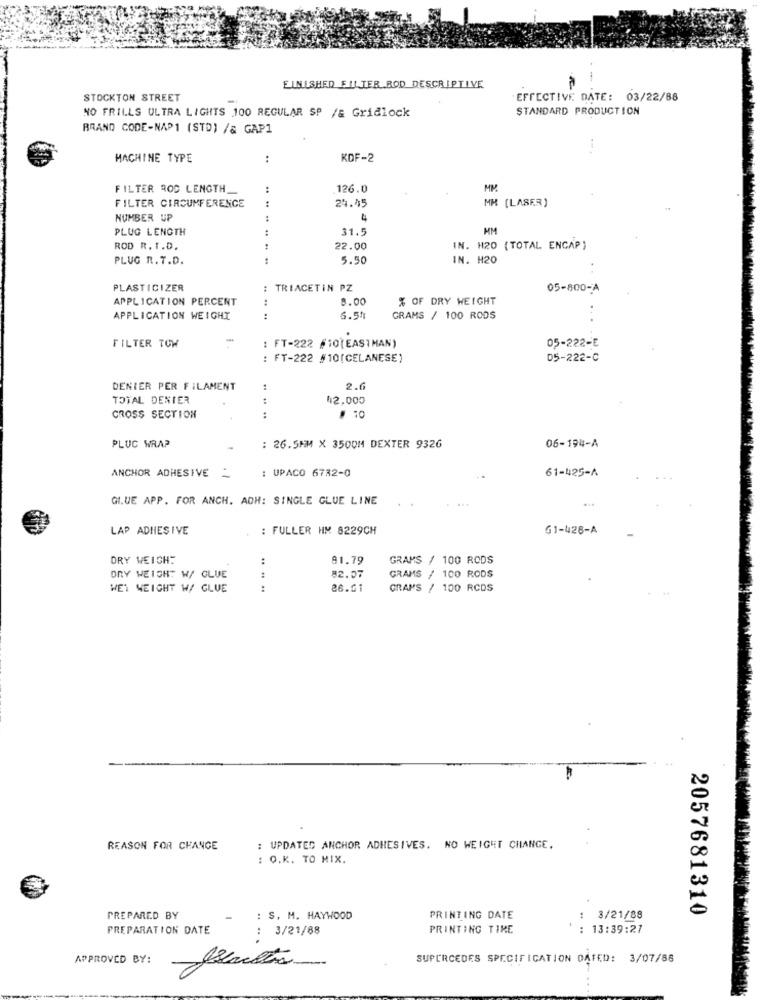
-
FINISHED FILTER ROD DESCRIPTIVE
STOCKTON STREET
EFFECTIVE DATE: 03/22/88
NO FRILLS ULTRA LIGHTS 100 REGULAR SP /& Gridlock
STANDARD PRODUCTION
BRAND CODE-NAP1 (STD) /& GAP1
MACHINE TYPE
:
KOF-2
FILTER ROD LENGTH_
:
126.0
24.45
FILTER CIRCUMFERENCE
MM [LASER)
NUMBER UP
4
PLUG LENGTH
31.5
HM
ROD R. T.D.
22.00
IN. H20 (TOTAL ENCAP)
PLUG R.T.D.
5.50
IN. H20
PLASTICIZER
: TRIACETIN PZ
05-800-A
APPLICATION PERCENT
8.00
% OF DRY WEIGHT
. .
APPLICATION WEIGHT
6.54
GRAMS / 100 RODS
05-222-E
FILTER TOW
: FT-222 #10[EAST MAN)
: FT-222 #10(CELANESE)
05-222-C
DENIER PER FILAMENT
2.6
TOTAL DENIER
42.000
CROSS SECTION
.. ..
# 10
06-194-A
PLUC WRAP
: 26.5MM X 3500M DEXTER 9326
ANCHOR ADHESIVE _
: UPACO 6732-0
61-425-A
GLUE APP. FOR ANCH. ADH: SINGLE GLUE LINE
LAP ADHESIVE
: FULLER HM 8229CH
G1-428-A
DRY WEIGHT
81.79
GRAMS / 100 RODS
. ..
DRY WEIGHT W/ GLUE
82.07
GRAMS / 100 RODS
WET WEIGHT W/ GLUE
26.01
GRAMS / 100 RCDS
REASON FOR CHANGE
: UPDATED ANCHOR ADHESIVES. NO WEIGHT CHANGE.
: Q.K. TO MIX.
2057681310
PREPARED BY
: S. M. HAYWOOD
PRINTING DATE
3/21/88
PREPARATION DATE
: 3/21/88
PRINTING TIME
: 13:39:27
APPROVED BY:
SUPERCEDES SPECIFICATION DATED: 3/07/88